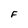
Character: F